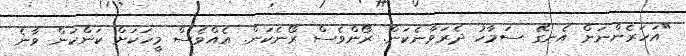
"އަހަރެންނަށް އެނގޭ ސަމާހު ދެރަވާނެކަން. ރޯންވެސް ރޯނެކަން. އެއްވެސް މީހަކަށް ކަންކަން ވާނެ